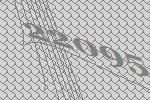
22095